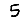
Digit: 5